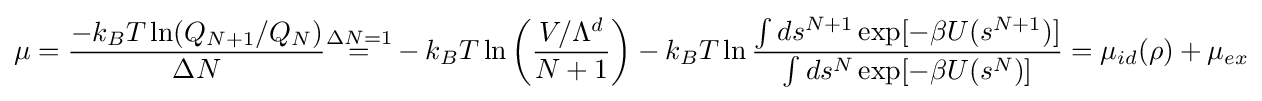
\mu ={\frac {-k_{B}T\ln(Q_{N+1}/Q_{N})}{\Delta N}}{\overset {\Delta N=1}{=}}-k_{B}T\ln \left({\frac {V/\Lambda ^{d}}{N+1}}\right)-k_{B}T\ln {\frac {\int ds^{N+1}\exp[-\beta U(s^{N+1})]}{\int ds^{N}\exp[-\beta U(s^{N})]}}=\mu _{id}(\rho )+\mu _{ex}